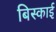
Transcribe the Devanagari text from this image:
बिस्काई